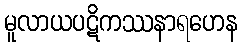
မူလာယပဋိကဿနာရဟေန